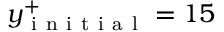
y _ { \mathrm { ~ i ~ n ~ i ~ t ~ i ~ a ~ l ~ } } ^ { + } = 1 5